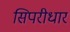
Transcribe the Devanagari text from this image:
सिपरीधार